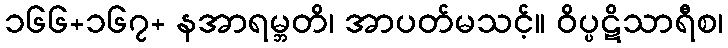
၁၆၆+၁၆၇+ နအာရမ္ဘတိ၊ အာပတ်မသင့်။ ဝိပ္ပဋိသာရီစ၊